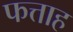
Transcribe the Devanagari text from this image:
फत्ताह